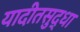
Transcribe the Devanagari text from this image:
यादीतसुद्धा